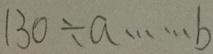
1 3 0 \div a \cdots b